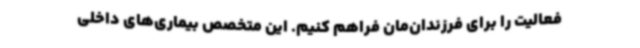
فعالیت را برای فرزندان‌مان فراهم کنیم. این متخصص بیماری‌های داخلی